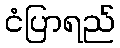
ငံပြာရည်